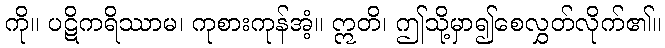
ကို။ ပဋိကရိဿာမ၊ ကုစားကုန်အံ့။ ဣတိ၊ ဤသို့မှာ၍စေလွှတ်လိုက်၏။